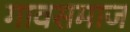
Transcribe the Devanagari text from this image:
गावसमाज